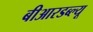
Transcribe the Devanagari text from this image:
बीआरडब्ल्यू